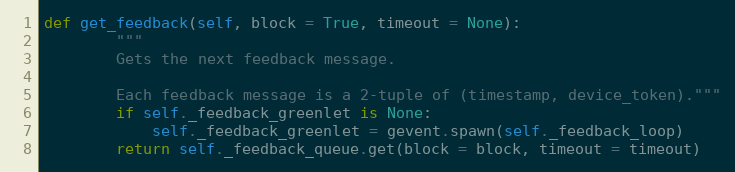
Language: Python
def get_feedback(self, block = True, timeout = None):
		"""
		Gets the next feedback message.

		Each feedback message is a 2-tuple of (timestamp, device_token)."""
		if self._feedback_greenlet is None:
			self._feedback_greenlet = gevent.spawn(self._feedback_loop)
		return self._feedback_queue.get(block = block, timeout = timeout)